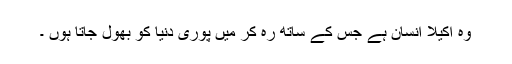
وہ اکیلا انسان ہے جس کے ساتھ رہ کر میں پوری دنیا کو بھول جاتا ہوں ۔